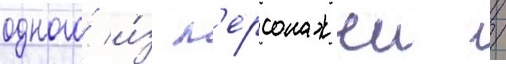
одного́ и́з п'ерсонажеи /